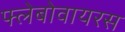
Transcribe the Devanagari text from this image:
फ्लेबोवायरस